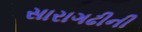
સારાગઢીની